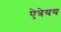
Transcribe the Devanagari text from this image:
ऐत्रेयय